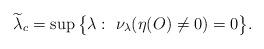
LaTeX: \begin{align*}\widetilde{\lambda}_c=\sup\big\{\lambda:~\nu_\lambda(\eta(O)\neq 0)=0\big\}.\end{align*}